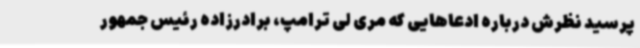
پرسید نظرش درباره ادعاهایی که مری لی ترامپ، برادرزاده رئیس جمهور